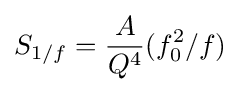
S_{1/f}={\frac {A}{Q^{4}}}(f_{0}^{2}/f)